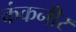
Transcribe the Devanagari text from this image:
कंकनीर